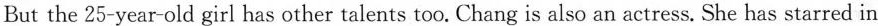
But the 25-year-old girl has other talents too. Chang is also an actress. She has starred in